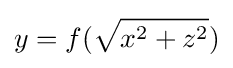
y=f({\sqrt {x^{2}+z^{2}}})